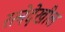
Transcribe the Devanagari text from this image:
रत्‍नेदेखील